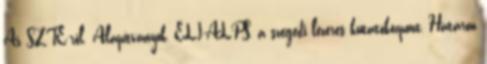
Az SZTE-ről. Alapítványok, ELI-ALPS, a szegedi lézeres kutatóközpont, Határon